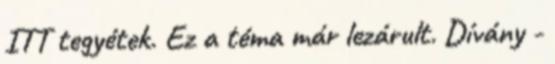
ITT tegyétek. Ez a téma már lezárult. Dívány -